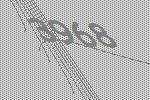
3968